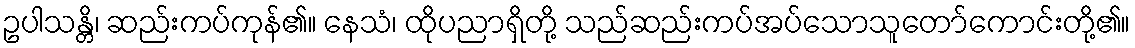
ဥပါသန္တိ၊ ဆည်းကပ်ကုန်၏။ နေသံ၊ ထိုပညာရှိတို့ သည်ဆည်းကပ်အပ်သောသူတော်ကောင်းတို့၏။